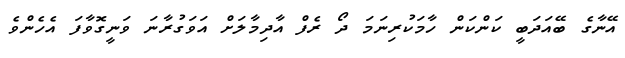
އޭނާގެ ބޭއަދަބީ ކަންކަން ހާމަކުރިނަމަ ދޯ ރެފް އާދިމާލަށް އަވަގުރާނަ ވަނީގޮވާފަ އެހެންވެ